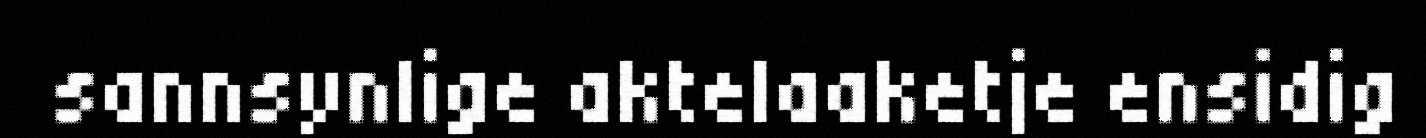
sannsynlige aktelaaketje ensidig